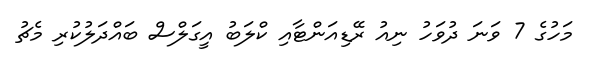
މަހުގެ 7 ވަނަ ދުވަހު ނިއު ރޭޑިއަންޓާއި ކްލަބު އީގަލްސް ބައްދަލުކުރި މެޗު